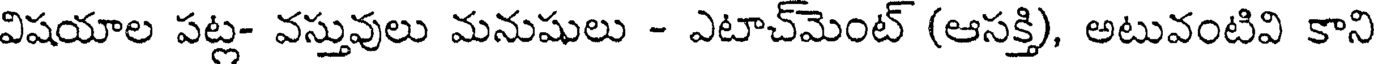
విషయాల పట్ల- వస్తువులు మనుషులు - ఎటాచ్మెంట్ (ఆసక్తి), అటువంటివి కాని